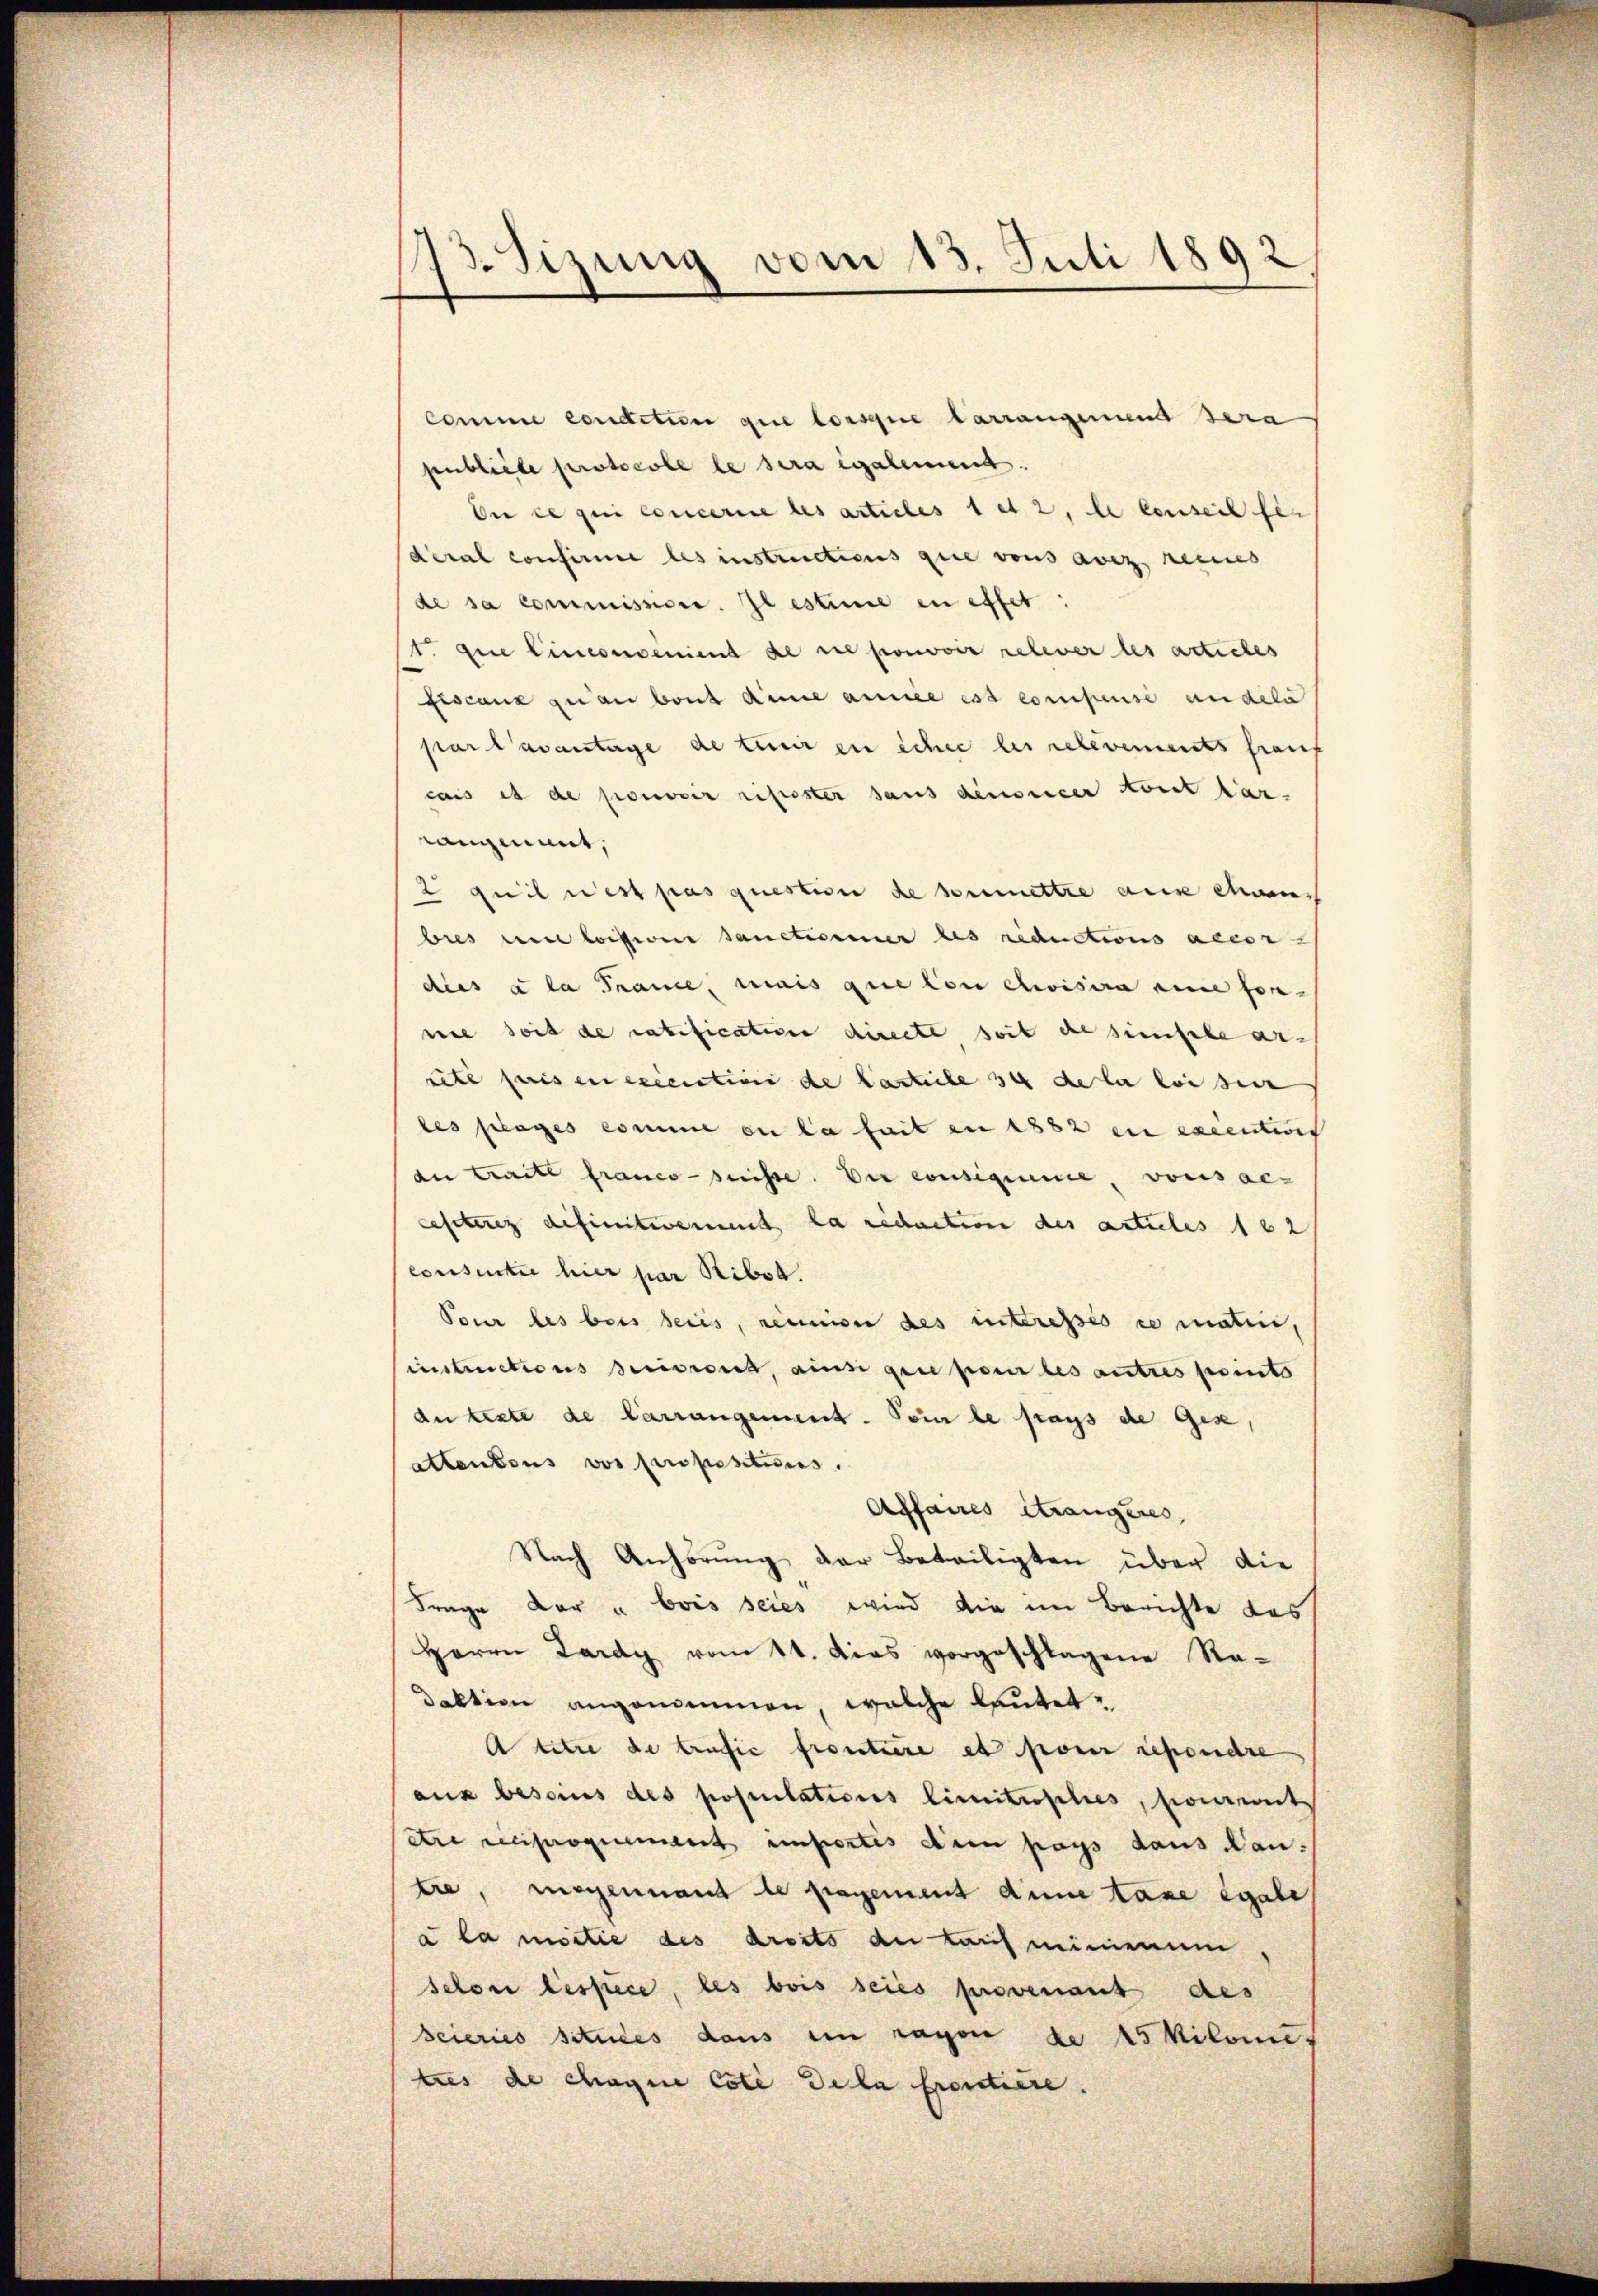
13. Sizung vom 13. Juli 1892

Comme condition que lorsque Carrangemund dera
publiche protocole le sera également.
En ce qui concerie les articles 1 et 2, le censeil fes
deral confirme les instructions gute vons avez reines
de sa commissione. Il estime in effet:
t. Die Cinconveniens de in pouvoir relever les acticles
fiscanz zu an baut die annie est compense andela
par l’avantage de tenir en scher les relevements frais
cais es de pouvoir refester sans denoncer sont tarangmait,
2 qui est pas question de soumettre aux cham
bres eine loisione sanctionier des riductions accor
dies à la France, mais que con choisia eine for-
nie seit de ratificativen directe soit de simische arrite pris eneriention de Carticle 34 de la loisen |
les plages comme en la fait en 1882 in excention
du Tracte franco-puisse. Die consigence, vons accesteres definitivement la reduction des articles 162
consentie hier par Ribst.
Pour les beis seies, reinion des interessés ce matin,
instructions Beitraut, ains gene pour les autres printo
du teste de Carrangement. Pour le pays de Gese,
attentens vor propositions.
Affaires Strangeres,
Nach Anhörung der Beteiligten über die
Frage dar u. bois seies wird die im Berichte das
Herrn Lardy vom 11. Das vorgeschlagene Radaktion angenommen, welche lautet¬
A titre de trafie froutiere et pour rependre
aux besoins des postulations limitrophes, pourront
dre reciproquement emportes den pays daus Nan-
tre, megennant le pagement dene taxe égale
a la mortie des droits de lauf minimum
selon lespece, les bois seies provenant des
Beieries situées dans en rayon de 5 Kilomitus de chaque Coti dela proutiere.